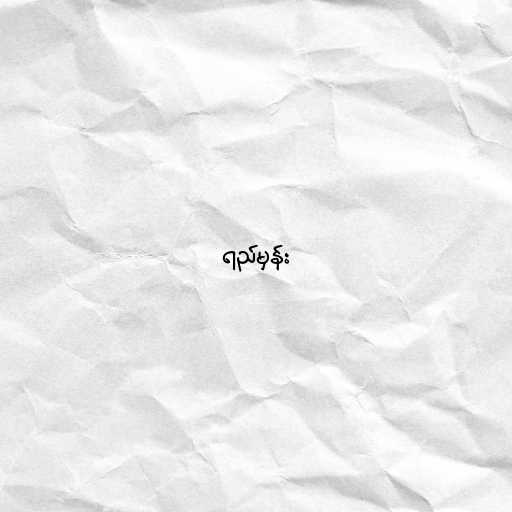
ရည်မှန်း